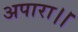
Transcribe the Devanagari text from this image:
अपारा।।